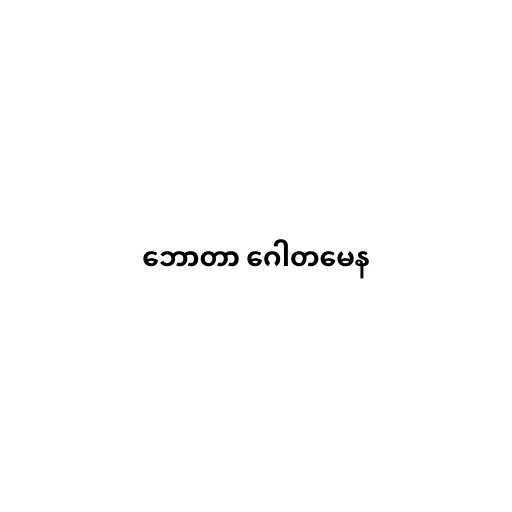
ဘောတာ ဂေါတမေန